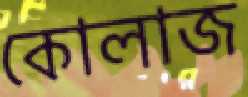
কোলাজ